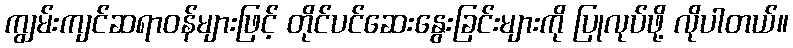
ကျွမ်းကျင်ဆရာဝန်များဖြင့် တိုင်ပင်ဆေးနွေးခြင်းများကို ပြုလုပ်ဖို့ လိုပါတယ်။